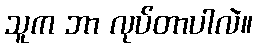
သူက ဘာ လုပ်တာပါလဲ။